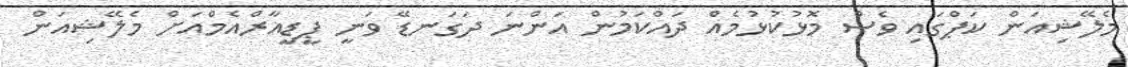
މެލޭޝިއަން ކަޕްގައި ވެސް މޮޅުކުޅުމެއް ދައްކަމުން އަންނަ ދަގަނޑޭ ވަނީ ޕީޑީއާރްއެމްއަށް މެލޭޝިއަން